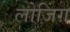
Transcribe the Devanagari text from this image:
लोजिंग